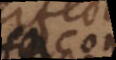
façon